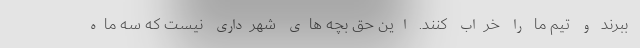
ببرند و تیم ما را خراب کنند. این حق بچه های شهرداری نیست که سه ماه